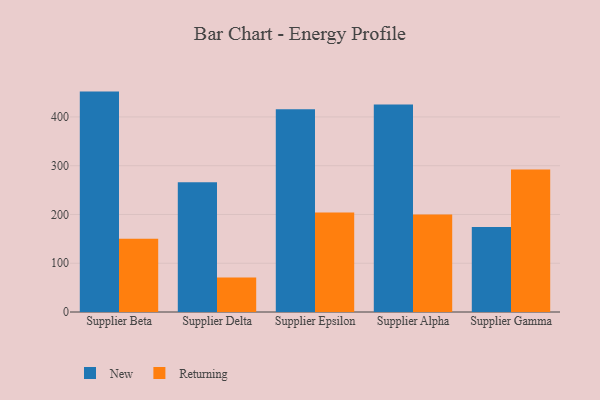
{"axis": {"x": "Supplier", "y": "Market Share (%)"}, "legend": ["New", "Returning"], "data": [{"x": "Supplier Beta", "y": 451.9, "type": "New"}, {"x": "Supplier Beta", "y": 150.1, "type": "Returning"}, {"x": "Supplier Delta", "y": 265.9, "type": "New"}, {"x": "Supplier Delta", "y": 70.9, "type": "Returning"}, {"x": "Supplier Epsilon", "y": 415.9, "type": "New"}, {"x": "Supplier Epsilon", "y": 203.8, "type": "Returning"}, {"x": "Supplier Alpha", "y": 425.7, "type": "New"}, {"x": "Supplier Alpha", "y": 199.8, "type": "Returning"}, {"x": "Supplier Gamma", "y": 174.5, "type": "New"}, {"x": "Supplier Gamma", "y": 292.2, "type": "Returning"}]}